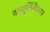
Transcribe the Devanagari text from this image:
वायुलिंगेश्वर